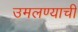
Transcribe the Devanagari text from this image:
उमलण्याची